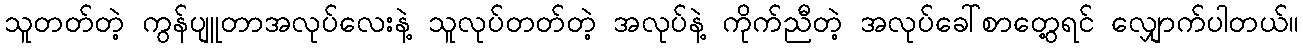
သူတတ်တဲ့ ကွန်ပျူတာအလုပ်လေးနဲ့ သူလုပ်တတ်တဲ့ အလုပ်နဲ့ ကိုက်ညီတဲ့ အလုပ်ခေါ်စာတွေ့ရင် လျှောက်ပါတယ်။